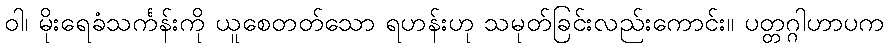
ဝါ၊ မိုးရေခံသင်္ကန်းကို ယူစေတတ်သော ရဟန်းဟု သမုတ်ခြင်းလည်းကောင်း။ ပတ္တဂ္ဂါဟာပက